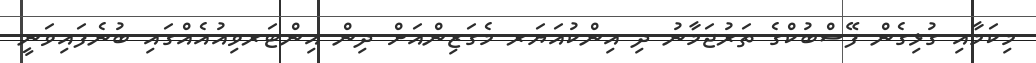
މިކަމާއި ގުޅިގެން ފޭސްބުކްގެ ތަރުޖަމާނު ދި އިންކުއަޔަރ މެގަޒިންއަށް ދިން އިންޓަރވިއުއެއްގައި ބުނެފައިވަނީ